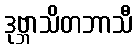
ဒုဗ္ဘာသိတဘာသီ